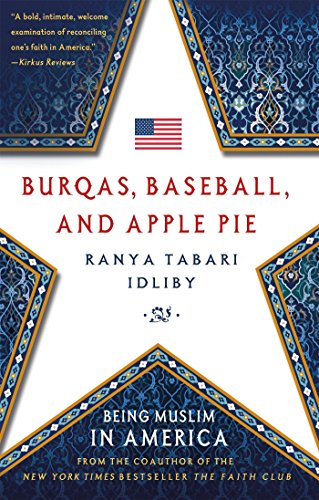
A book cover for Burqas, Baseball, and Apple Pie: Being Muslim in America; Ranya Tabari Idliby; Religion & Spirituality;